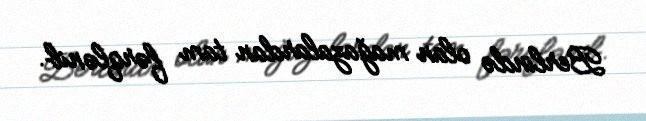
Berlində olan mağazalardan tam fərqlənib.